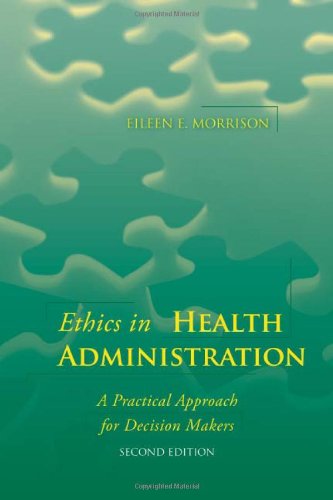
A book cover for Ethics In Health Administration: A Practical Approach For Decision Makers; Eileen E. Morrison; Medical Books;